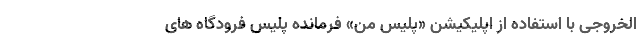
الخروجی با استفاده از اپلیکیشن «پلیس من» فرمانده پلیس فرودگاه های